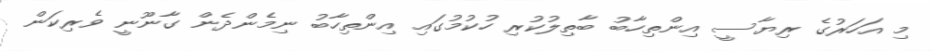
މި އަހަރުގެ ރިޔާސީ އިންތިހާބު ބާތިލުކުރި ހުކުމުގައި އިންތިހާބު ނިމެންދެން ގާނޫނީ ވެރިކަން